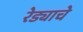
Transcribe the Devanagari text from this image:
रेड्याचे